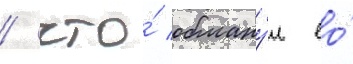
/ что́ обману́л ео́